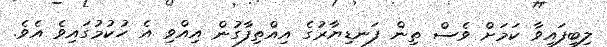
ލިބިފައިވާ ކަމަށް ވެސް ތިން ފަނޑިޔާރުގެ އިއްތިފާގުން އިއްވި އެ ހުކުމުގައިވެ އެވެ.